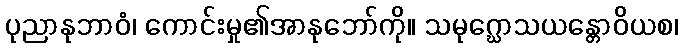
ပုညာနုဘာဝံ၊ ကောင်းမှု၏အာနုဘော်ကို။ သမုဂ္ဃောသယန္တောဝိယစ၊